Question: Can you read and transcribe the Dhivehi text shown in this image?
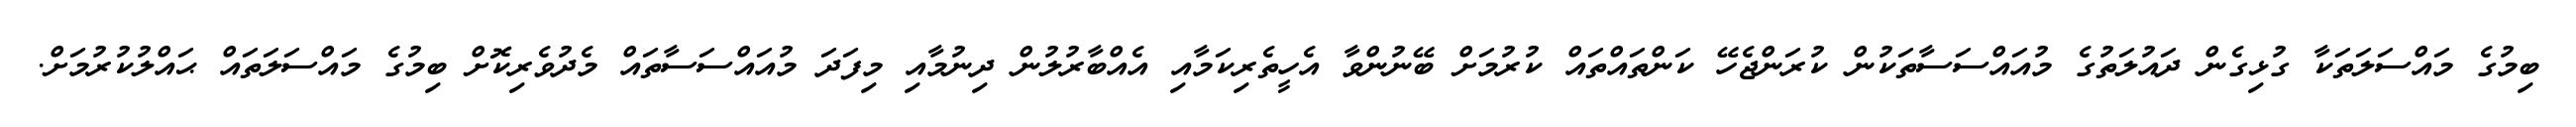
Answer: ބިމުގެ މައްސަލަތަކާ ގުޅިގެން ދައުލަތުގެ މުއައްސަސާތަކުން ކުރަންޖެހޭ ކަންތައްތައް ކުރުމަށް ބޭނުންވާ އެހީތެރިކަމާއި އެއްބާރުލުން ދިނުމާއި މިފަދަ މުއައްސަސާތައް މެދުވެރިކޮށް ބިމުގެ މައްސަލަތައް ޙައްލުކުރުމަށް.